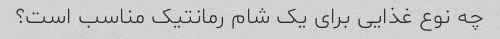
چه نوع غذایی برای یک شام رمانتیک مناسب است؟